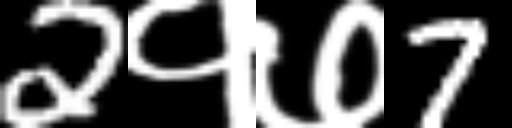
Text: 2१७7